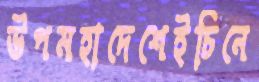
উপমহাদেশেইচিনে